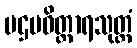
ပဌမဝိတ္ထာရသုတ္တံ